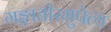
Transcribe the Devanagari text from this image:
गङ्गातीरमुपेत्य